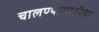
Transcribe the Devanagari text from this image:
चालण्यासाठीचा